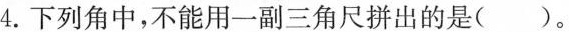
4.下列角中，不能用一副三角尺拼出的是( )。